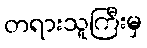
တရားသူကြီးမှ